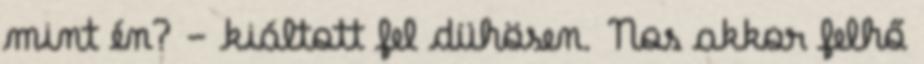
mint én? - kiáltott fel dühösen. Nos akkor felhő